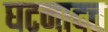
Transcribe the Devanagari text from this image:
घटनादत्त